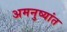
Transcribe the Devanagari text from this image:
अमनुष्यांत